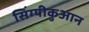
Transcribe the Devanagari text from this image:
सिंग्यीकुआन